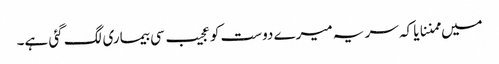
میں ممننایا کہ سر یہ میرے دوست کو عجیب سی بیماری لگ گئی ہے۔